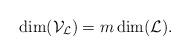
LaTeX: \begin{align*}\dim(\mathcal{V}_\mathcal{L}) = m \dim(\mathcal{L}).\end{align*}